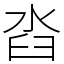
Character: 㳫